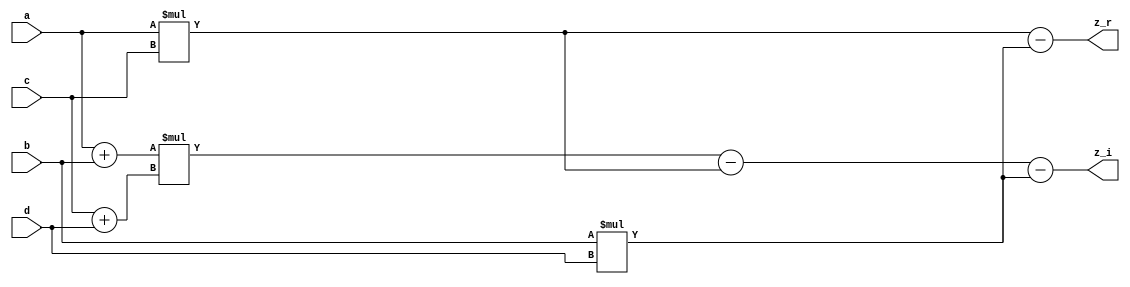
module complex_mul_three(a,b,c,d,z_r,z_i);
input [3:0]a;
input [3:0]b;
input [3:0]c;
input [3:0]d;
output [7:0]z_r;
output [7:0]z_i;

reg [7:0]t1;
reg [7:0]t2;
reg [7:0]t3;
reg [5:0]a1;
reg [5:0]a2;

reg [7:0]rr;
reg [7:0]ii;

always @(*) begin
	t1 <= a*c;
	t2 <= b*d;
	a1 <= (a+b);
	a2 <= (c+d);
	t3 <= a1*a2;

	rr = t1-t2;
	ii = t3-t1-t2;
end

assign z_r = rr;
assign z_i = ii;

endmodule

module complex_mul_four(A,B,C,D,Z_r,Z_i);
input [3:0]A;
input [3:0]B;
input [3:0]C;
input [3:0]D;
output [7:0]Z_r;
output [7:0]Z_i;

reg [7:0]w1;
reg [7:0]w2;
reg [7:0]w3;
reg [7:0]w4;

reg [7:0]RR;
reg [7:0]II;

always @(*) begin
	w1 <= A*C;
	w2 <= B*D;
	w3 <= A*D;
	w4 <= B*C;

	RR = w1-w2;
	II = w3+w4;
end

assign Z_r = RR;
assign Z_i = II;

endmodule